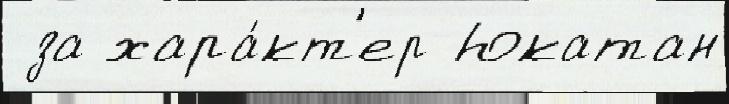
 за хара́кт'ер Юкатан